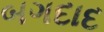
બગદાદ